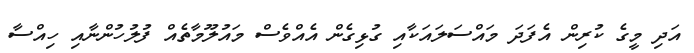
އަދި މީގެ ކުރިން އެފަދަ މައްސަލައަކާއި ގުޅިގެން އެއްވެސް މައުލޫމާތެއް ފުލުހުންނާއި ހިއްސާ